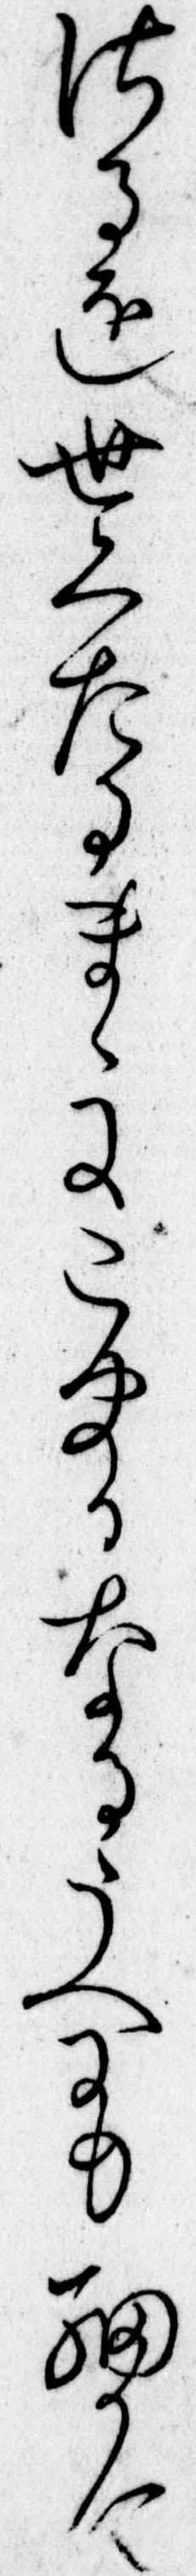
さるを世くたるまゝにこまかなるうへにも細かに